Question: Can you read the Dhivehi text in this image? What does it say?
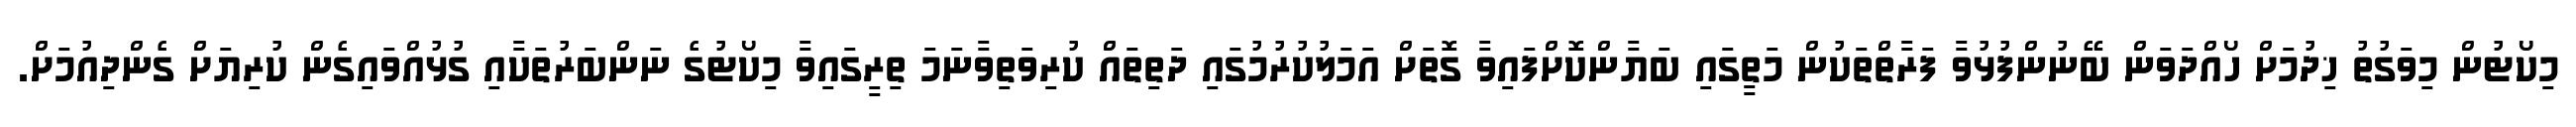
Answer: މިކޯޓުން މިވަގުތު ޚިދުމަށް ހޯއްދަވަން ބޭނުންފުޅުވާ ފަރާތްތަކުން މަތީގައި ބަޔާންކޮށްފައިވާ ގޮތަށް އަމަލުކުރުމުގައި ދަތިތައް ކުރިވަތިވާނަމަ ތިރީގައިވާ މިކޯޓުގެ ނަންބަރުތަކާއި ގުޅުއްވައިގެން ކުރިޔަށް ގެންދިއުމަށް.